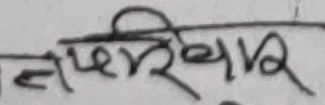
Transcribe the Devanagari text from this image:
लपरिखेर